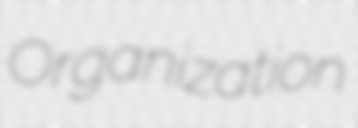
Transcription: Organization